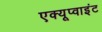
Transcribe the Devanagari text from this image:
एक्यूप्वाइंट